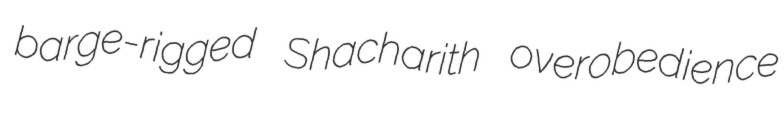
barge-rigged Shacharith overobedience